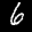
Label: 6